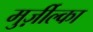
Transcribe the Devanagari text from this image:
मुर्ज़ील्का